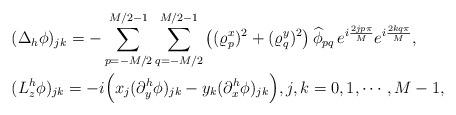
LaTeX: \begin{align*}&(\Delta_h \phi)_{jk}=-\sum_{p=-M/2}^{M/2 -1} \sum_{q=-M / 2}^{M/2-1}\left((\varrho^{x}_{p})^{2}+(\varrho^{y}_{q})^{2}\right) \widehat{\phi}_{pq}\, e^{i \frac{2j p \pi}{M}} e^{i \frac{2k q \pi}{M}}, \\&(L_{z}^h\phi)_{jk}=-i\Big(x_{j} (\partial_{y}^{h}\phi)_{jk}-y_{k} (\partial_{x}^{h}\phi)_{jk}\Big), j,k=0,1,\cdots, M-1,\end{align*}